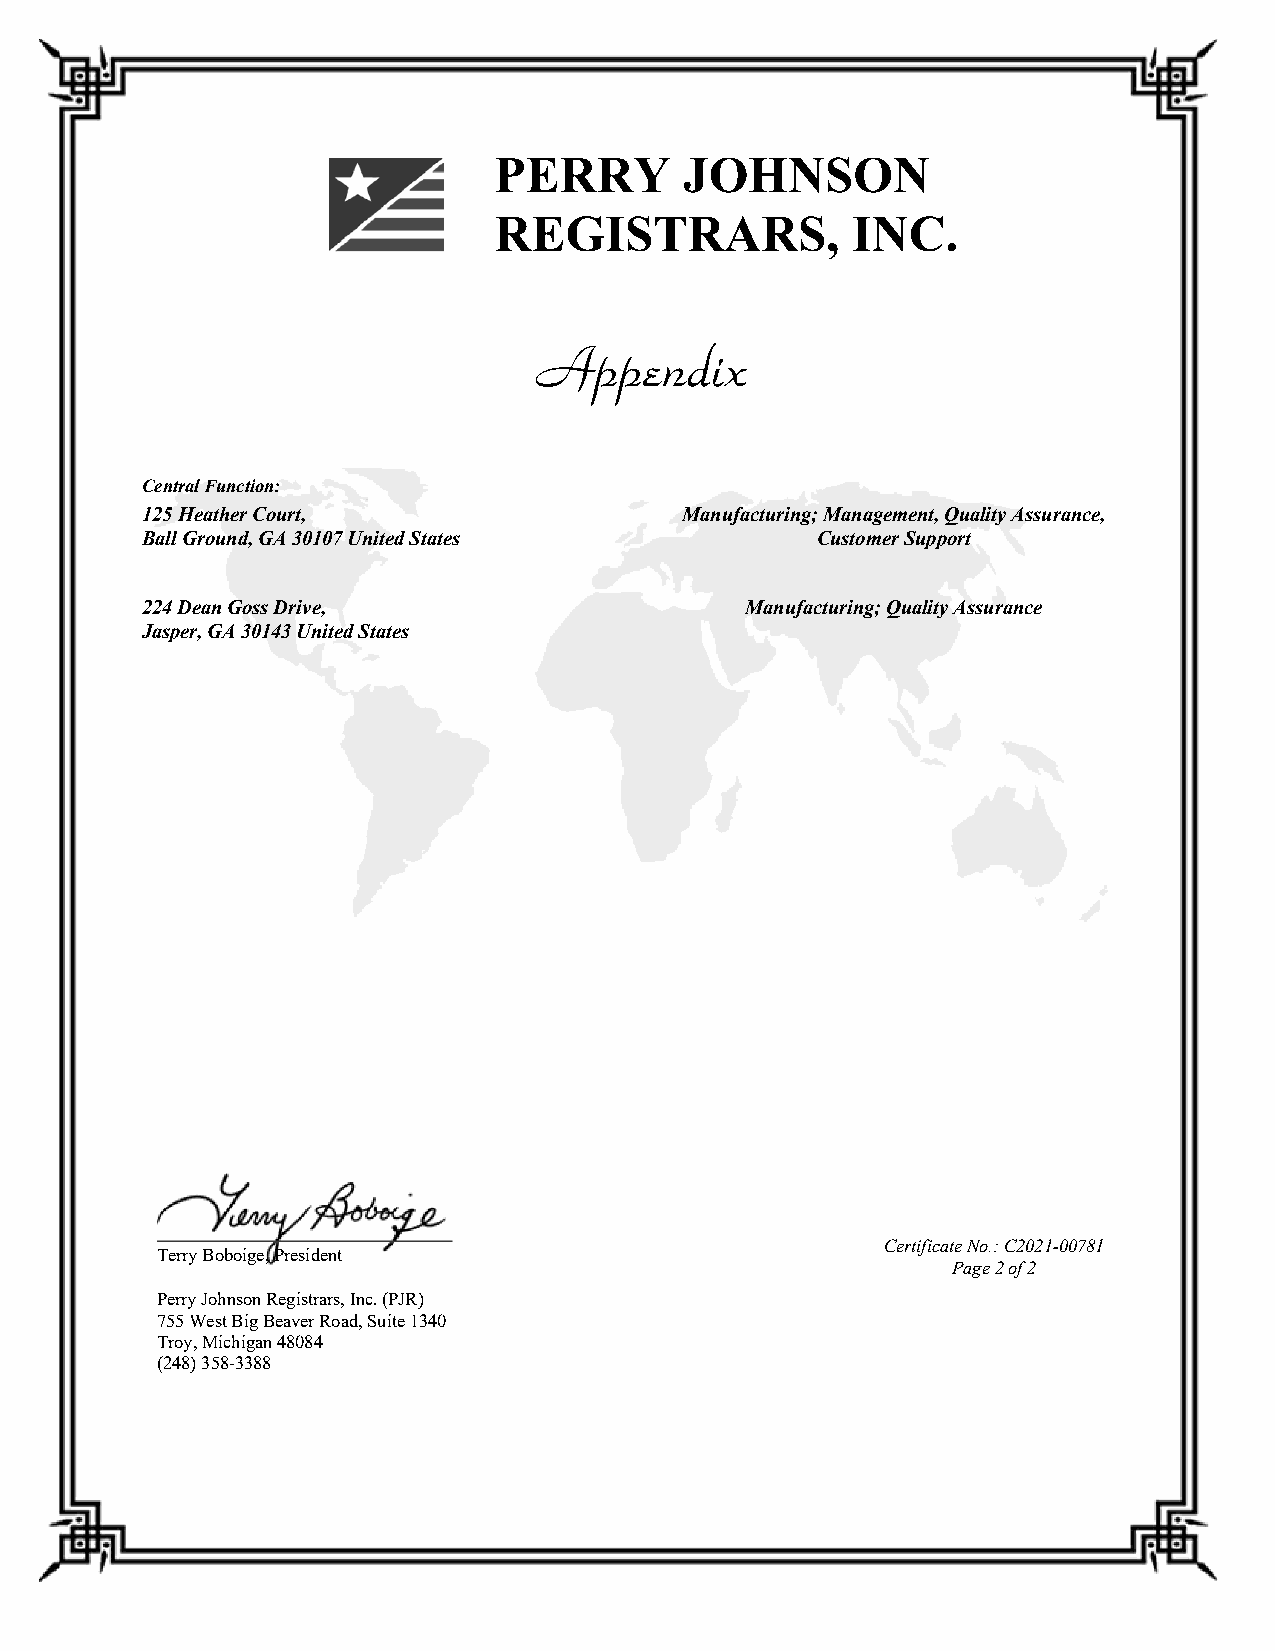
PERRY       JOHNSON
 REGISTRARS,            INC.
 Central Function:
 125 Heather Court,                  Manufacturing; Management, Quality Assurance,
 Ball Ground, GA 30107 United States          Customer Support
 224 Dean Goss Drive,                    Manufacturing; Quality Assurance
 Jasper, GA 30143 United States
 Certificate No.: C2021-00781
 Terry Boboige, President
 Page 2 of 2
 Perry Johnson Registrars, Inc. (PJR)
 755 West Big Beaver Road, Suite 1340
 Troy, Michigan 48084
 (248) 358-3388